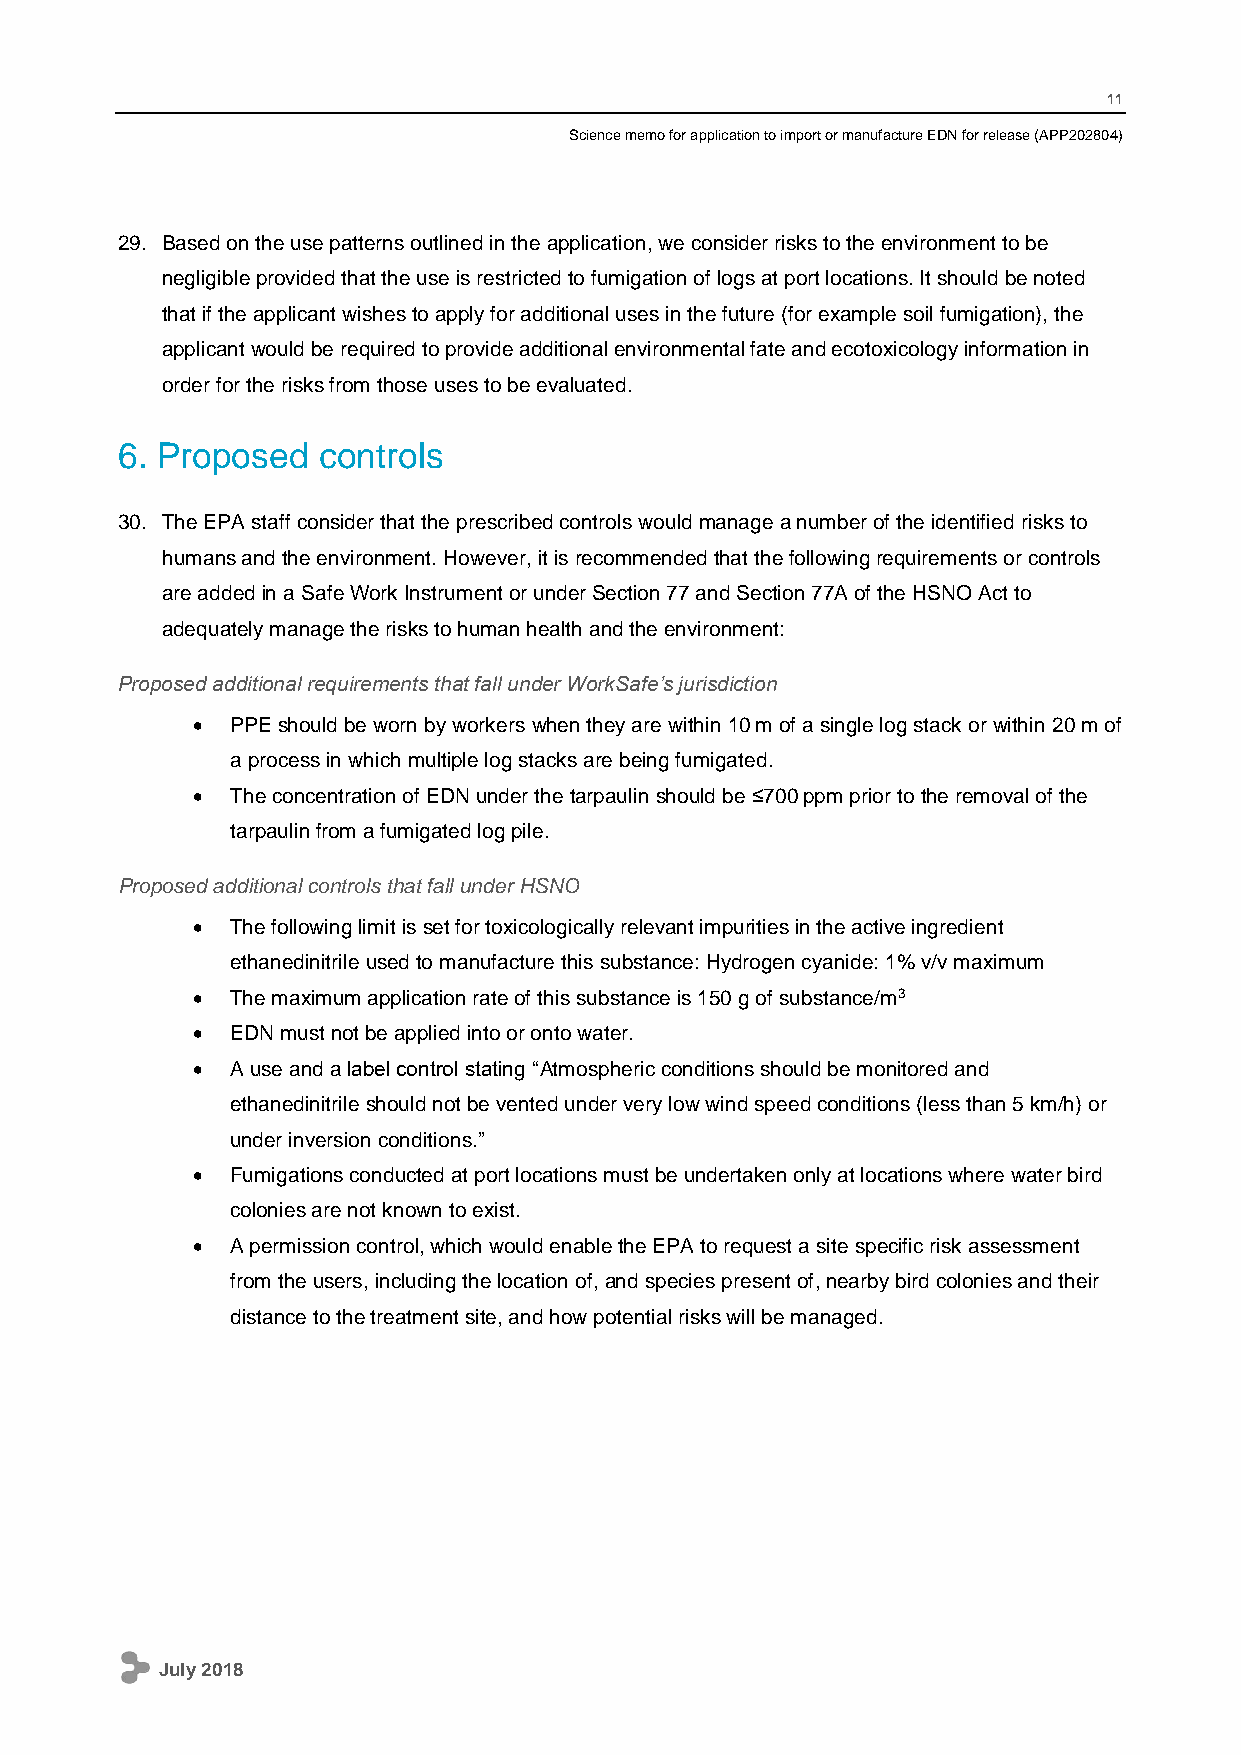
11
 Science memo for application to import or manufacture EDN for release (APP202804)
 29. Based on the use patterns outlined in the application, we consider risks to the environment to be
 negligible provided that the use is restricted to fumigation of logs at port locations. It should be noted
 that if the applicant wishes to apply for additional uses in the future (for example soil fumigation), the
 applicant would be required to provide additional environmental fate and ecotoxicology information in
 order for the risks from those uses to be evaluated.
 6. Proposed  controls
 30. The EPA staff consider that the prescribed controls would manage a number of the identified risks to
 humans and the environment. However, it is recommended that the following requirements or controls
 are added in a Safe Work Instrument or under Section 77 and Section 77A of the HSNO Act to
 adequately manage the risks to human health and the environment:
 Proposed additional requirements that fall under WorkSafe’s jurisdiction
  PPE should be worn by workers when they are within 10 m of a single log stack or within 20 m of
 a process in which multiple log stacks are being fumigated.
  The concentration of EDN under the tarpaulin should be ≤700 ppm prior to the removal of the
 tarpaulin from a fumigated log pile.
 Proposed additional controls that fall under HSNO
  The following limit is set for toxicologically relevant impurities in the active ingredient
 ethanedinitrile used to manufacture this substance: Hydrogen cyanide: 1% v/v maximum
  The maximum application rate of this substance is 150 g of substance/m3
  EDN must not be applied into or onto water.
  A use and a label control stating “Atmospheric conditions should be monitored and
 ethanedinitrile should not be vented under very low wind speed conditions (less than 5 km/h) or
 under inversion conditions.”
  Fumigations conducted at port locations must be undertaken only at locations where water bird
 colonies are not known to exist.
  A permission control, which would enable the EPA to request a site specific risk assessment
 from the users, including the location of, and species present of, nearby bird colonies and their
 distance to the treatment site, and how potential risks will be managed.
 July 2018